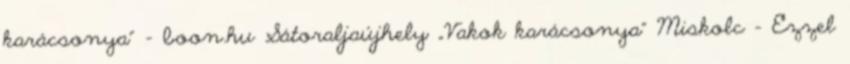
karácsonya” - boon.hu Sátoraljaújhely „Vakok karácsonya” Miskolc – Ezzel